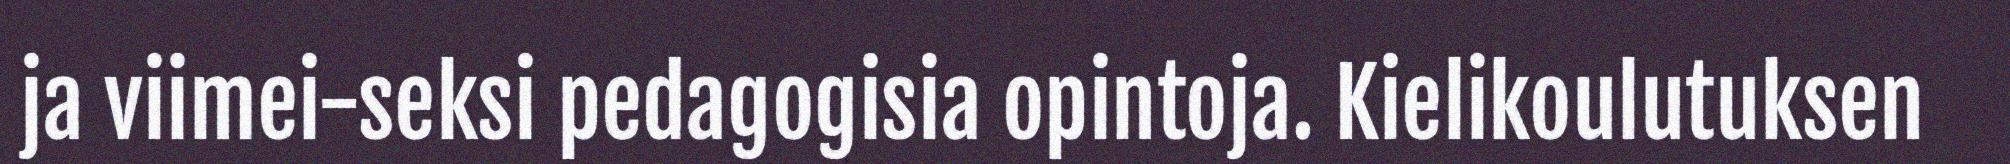
ja viimei-seksi pedagogisia opintoja. Kielikoulutuksen